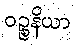
ဝဉ္စနိယာ